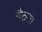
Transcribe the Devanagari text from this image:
बैठ्ता